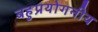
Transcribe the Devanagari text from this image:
बहुप्रयोगनीय